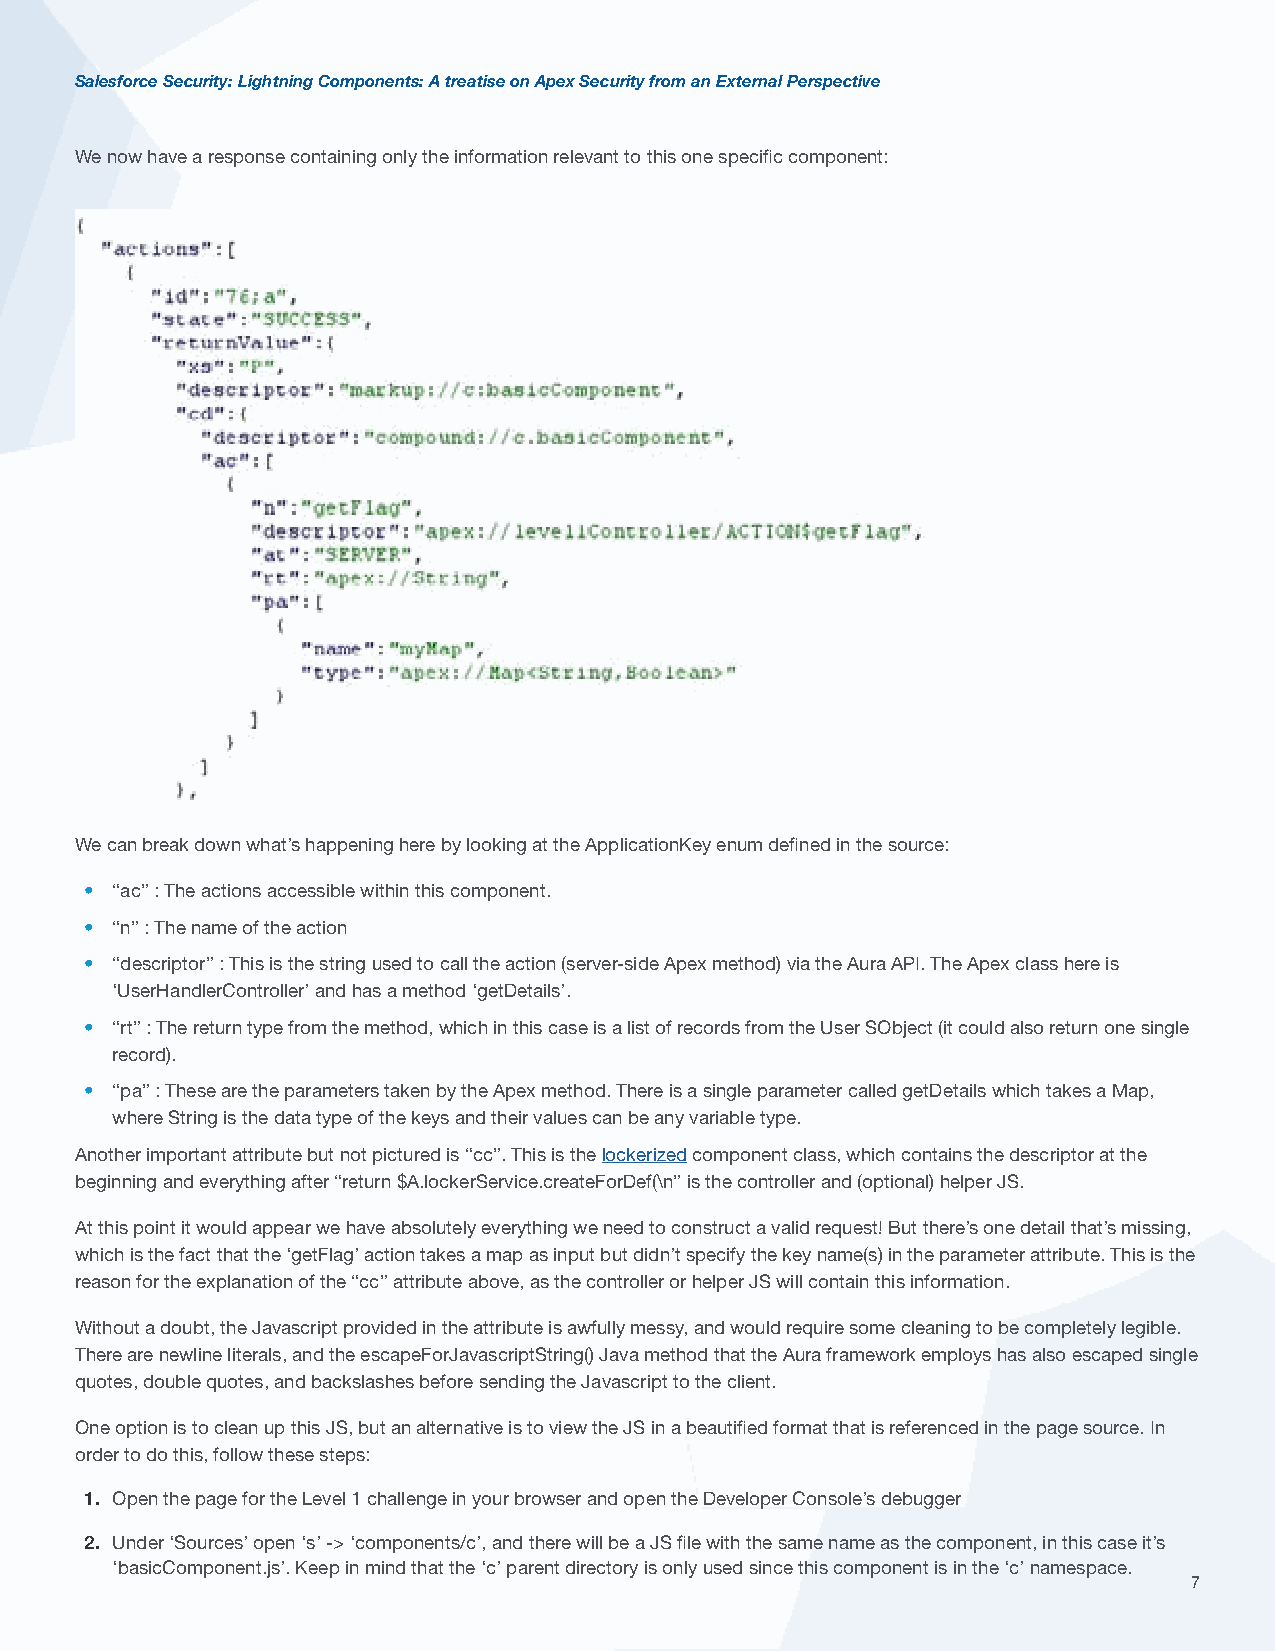
Salesforce Security: Lightning Components: A treatise on Apex Security from an External Perspective
 We now have a response containing only the information relevant to this one specific component:
 We can break down what’s happening here by looking at the ApplicationKey enum defined in the source:
 • “ac” : The actions accessible within this component.
 • “n” : The name of the action
 • “descriptor” : This is the string used to call the action (server-side Apex method) via the Aura API. The Apex class here is
 ‘UserHandlerController’ and has a method ‘getDetails’.
 • “rt” : The return type from the method, which in this case is a list of records from the User SObject (it could also return one single
 record).
 • “pa” : These are the parameters taken by the Apex method. There is a single parameter called getDetails which takes a Map,
 where String is the data type of the keys and their values can be any variable type.
 Another important attribute but not pictured is “cc”. This is the lockerized component class, which contains the descriptor at the
 beginning and everything after “return $A.lockerService.createForDef(\n” is the controller and (optional) helper JS.
 At this point it would appear we have absolutely everything we need to construct a valid request! But there’s one detail that’s missing,
 which is the fact that the ‘getFlag’ action takes a map as input but didn’t specify the key name(s) in the parameter attribute. This is the
 reason for the explanation of the “cc” attribute above, as the controller or helper JS will contain this information.
 Without a doubt, the Javascript provided in the attribute is awfully messy, and would require some cleaning to be completely legible.
 There are newline literals, and the escapeForJavascriptString() Java method that the Aura framework employs has also escaped single
 quotes, double quotes, and backslashes before sending the Javascript to the client.
 One option is to clean up this JS, but an alternative is to view the JS in a beautified format that is referenced in the page source. In
 order to do this, follow these steps:
 1. Open the page for the Level 1 challenge in your browser and open the Developer Console’s debugger
 2. Under ‘Sources’ open ‘s’ -> ‘components/c’, and there will be a JS file with the same name as the component, in this case it’s
 ‘basicComponent.js’. Keep in mind that the ‘c’ parent directory is only used since this component is in the ‘c’ namespace.
 7